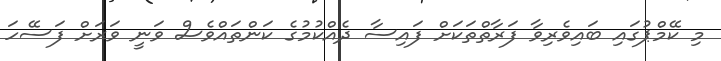
މި ކޭމްޕުގައި ބައިވެރިވާ ފަރާތްތަކަށް ފައިސާ ދެއްކުމުގެ ކަންތައްވެސް ވަނީ ވަރަށް ފަސޭހަ